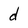
Character: d